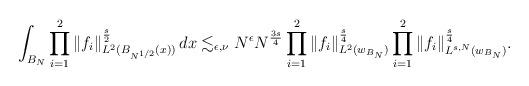
LaTeX: \begin{gather*}\int_{B_{N}} \prod_{i=1}^{2}\|f_{i}\|_{L^2({B_{N^{{1}/{2}}}}(x))}^{\frac{s}{2}}\, dx \lesssim_{\epsilon,\nu} N^{\epsilon} N^{\frac{3s}{4}}\prod_{i=1}^{2}\|f_{i}\|_{L^2({w}_{B_{N} })}^{\frac{s}{4}}\prod_{i=1}^{2}\|f_{i}\|_{L^{s,N}({w}_{B_{N} })}^{\frac{s}{4}}.\end{gather*}